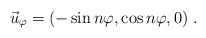
\begin{align*}\vec u_{\varphi}= (-\sin n\varphi, \cos n\varphi, 0 ) \ .\end{align*}